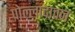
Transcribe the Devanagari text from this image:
पोल्लादावन